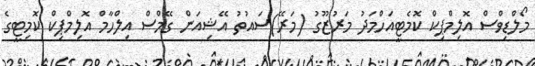
މޯލްޑިވްސް އޮލިމްޕިކް ކޮމެޓީއަހްމަދު މަރުޒޫގު (މަރޭ)ސައުތު އޭޝިއަން ގޭމްސް އިލްހާމް އޮލިމްޕިކް ކޮމިޓީގެ